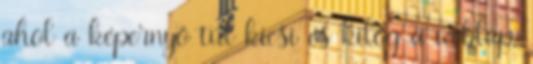
ahol a képernyő túl kicsi és kilóg a weblap,